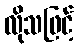
လိုသဖြင့်